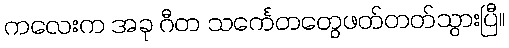
ကလေးက အခု ဂီတ သင်္ကေတတွေဖတ်တတ်သွားပြီ။